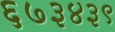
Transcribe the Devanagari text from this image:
६७३४३९